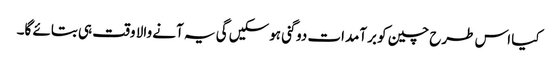
کیا اس طرح چین کو برآمدات دوگنی ہوسکیں گی یہ آنے والا وقت ہی بتائے گا۔